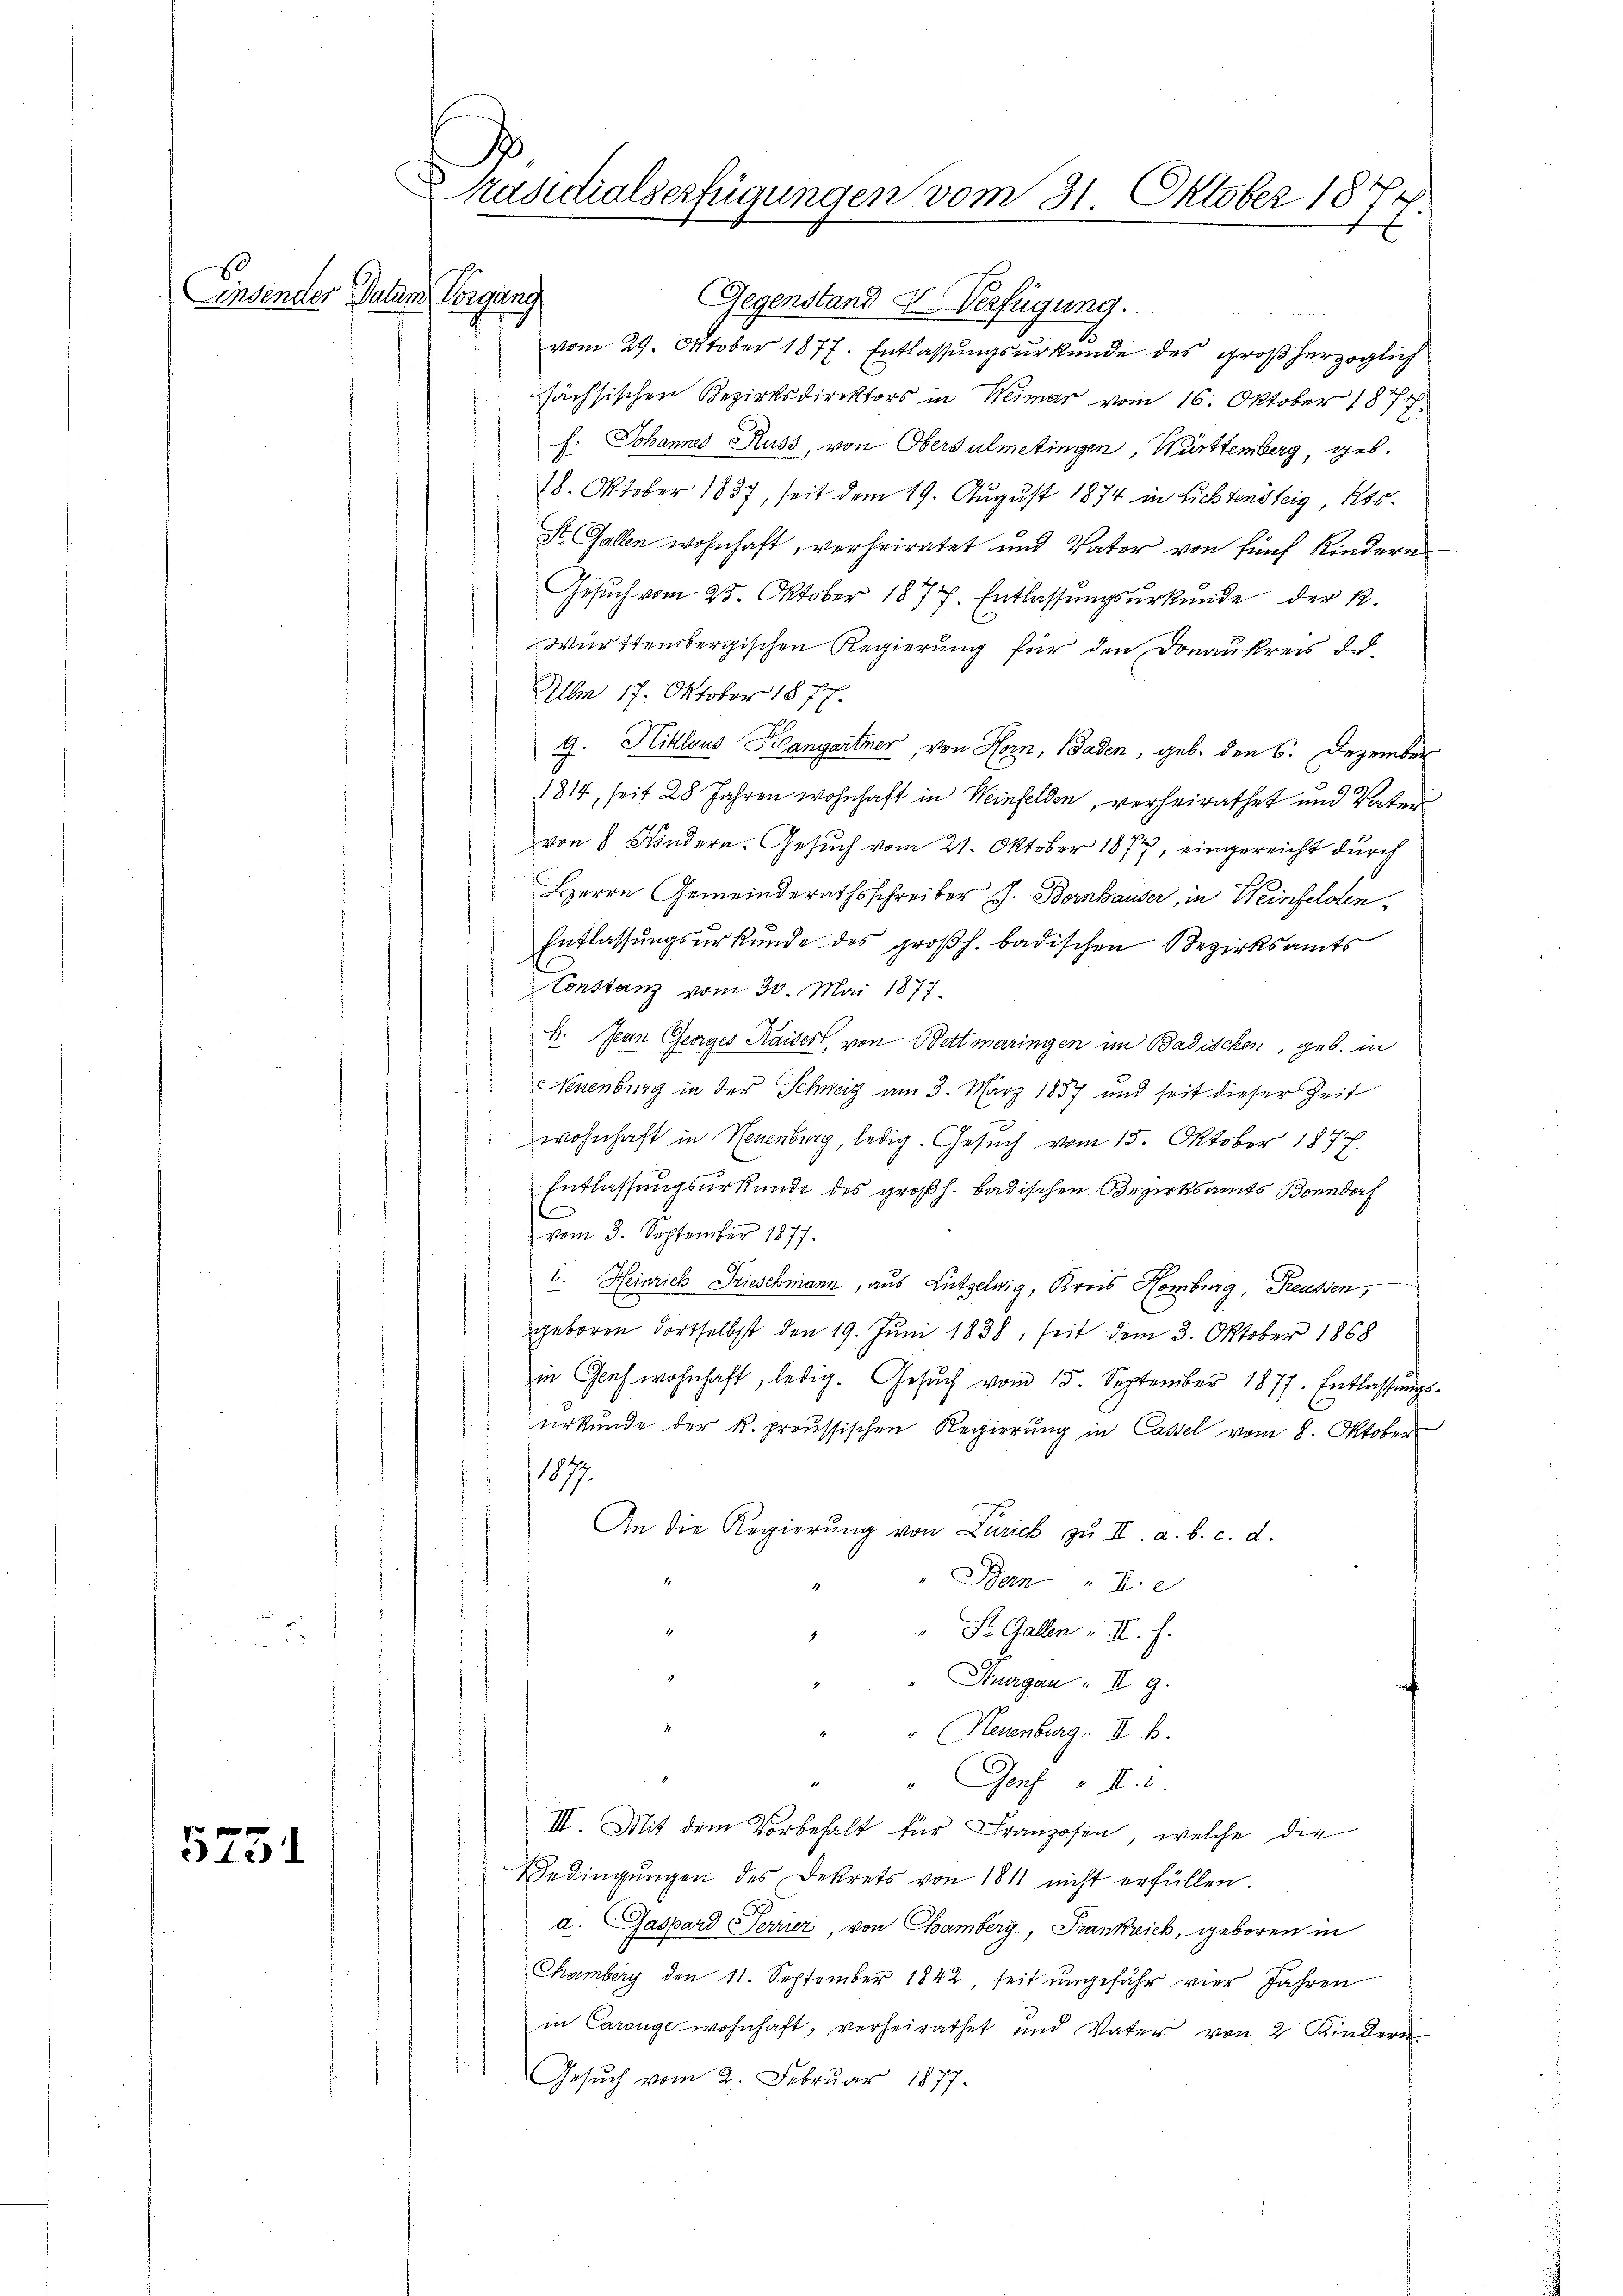
Einsender Datum Vorgang

5231

Gegenstand u. Verfügung.
vom 29. Oktober 1877. Entlassŭngsŭrkŭnde des großherzoglich
sächsischen Bezirksdirektors in Weimar vom 16. Oktober 1877
f. Johannes Russ, von Obersulmetingen, Württemberg, geb.
18. Oktober 1837, seit dem 19. August 1874 in Lichtensteig, Kts.
St. Gallen wohnhaft, verheiratet und Vater von fünf Kindern
Gesuch vom 25. Oktober 1877. Entlassungsurkunde der k.
Württembergischen Regierung für den Donaukreis de
Um 17. Oktober 1877.
9. Niklaus Hangartner, von Horn, Baden, geb. den 6. Dezember
1814, seit 28 Jahren wohnhaft in Weinfelden, verheirathet und Vater
von 8 Kindern. Gesŭch vom 21. Oktober 1877, eingereicht durch
Herrn Gemeinderathsschreiber J. Bornhauser, in Weinfeldten.
Entlassungsurkunde des großh. badischen Bezirksamts
Constanz vom 30. Mai 1877.
h. Jean Georges Kaiser, von Bett maringen im Badischen, geb. in
Neuenburg in der Schweiz am 3. März 1857 und seit dieser Zeit
wohnhaft in Neuenburg, ledig. Gesuch vom 15. Oktober 187
 Entlassŭngsurkunde des großh. badischen Bezirksamts Bonndorf
vom 3. September 1877.
c. Heinrich Frieschmann, aus Lützelwig, Kreis Homburg, Preussen,
geboren dortselbst den 19. Juni 1838, seit dem 3. Oktober 1868
in Gewohnhaft, ledig. Gesŭch vom 15. September 1877. Entlassŭngs-
urkunde der k. preussischen Regierung in Cassel vom 8. Oktober
1077.
An die Regierung von Zürich zu III. a. b. c. d.
Bern
4
St. Gallen III. f.
Thurgau II 9.
Neuenburg, II. B.
" Genf v. 2.
III. Mit dem Vorbehalt für Franzosen, welche die
Bedingungen des Dekrets von 1811 nicht erfüllen
a. Gaspard Ferner, von Chamberg, Frankrich, geboren in
Chamberg den 11. September 1842, seit ungefähr vier Jahren
in Carange wohnhaft, verheirathet und Vater von 2 Kindern
Gesŭch vom 2. Februar 1877.

Präsidialserfügungen vom 31. Oktober 1877.